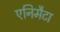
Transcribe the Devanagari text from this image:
एनिमैटा